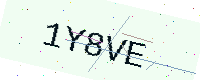
Text: 1Y8VE